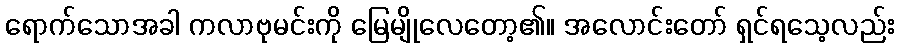
ရောက်သောအခါ ကလာဗုမင်းကို မြေမျိုလေတော့၏။ အလောင်းတော် ရှင်ရသေ့လည်း